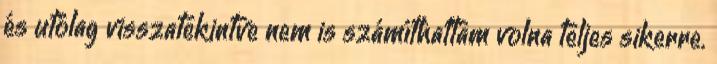
és utólag visszatekintve nem is számíthattam volna teljes sikerre.